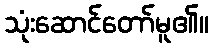
သုံးဆောင်တော်မူ၏။